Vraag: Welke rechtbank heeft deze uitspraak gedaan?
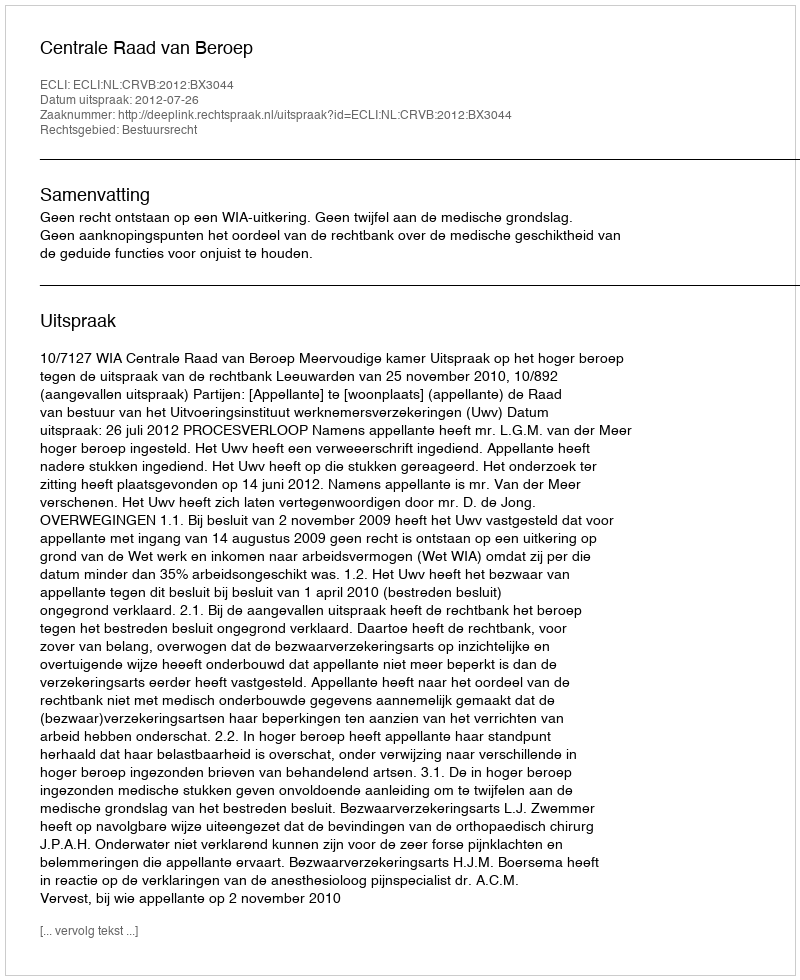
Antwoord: Centrale Raad van Beroep